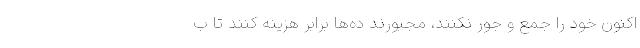
اکنون خود را جمع و جور نکنند، مجبورند ده‌ها برابر هزینه کنند تا ب